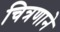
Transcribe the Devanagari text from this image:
चित्रणाने